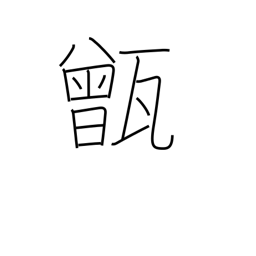
Meaning: rice-steaming pot